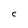
Character: C